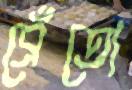
ব্রেঁতো